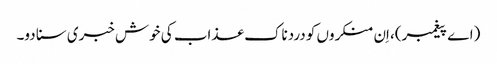
(اے پیغمبر)، اِن منکروں کو دردناک عذاب کی خوش خبری سنا دو۔